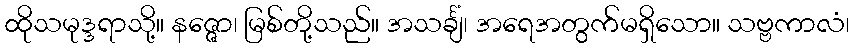
ထိုသမုဒ္ဒရာသို့။ နဇ္ဇော၊ မြစ်တို့သည်။ အသင်္ချံ၊ အရေအတွက်မရှိသော။ သဗ္ဗကာလံ၊